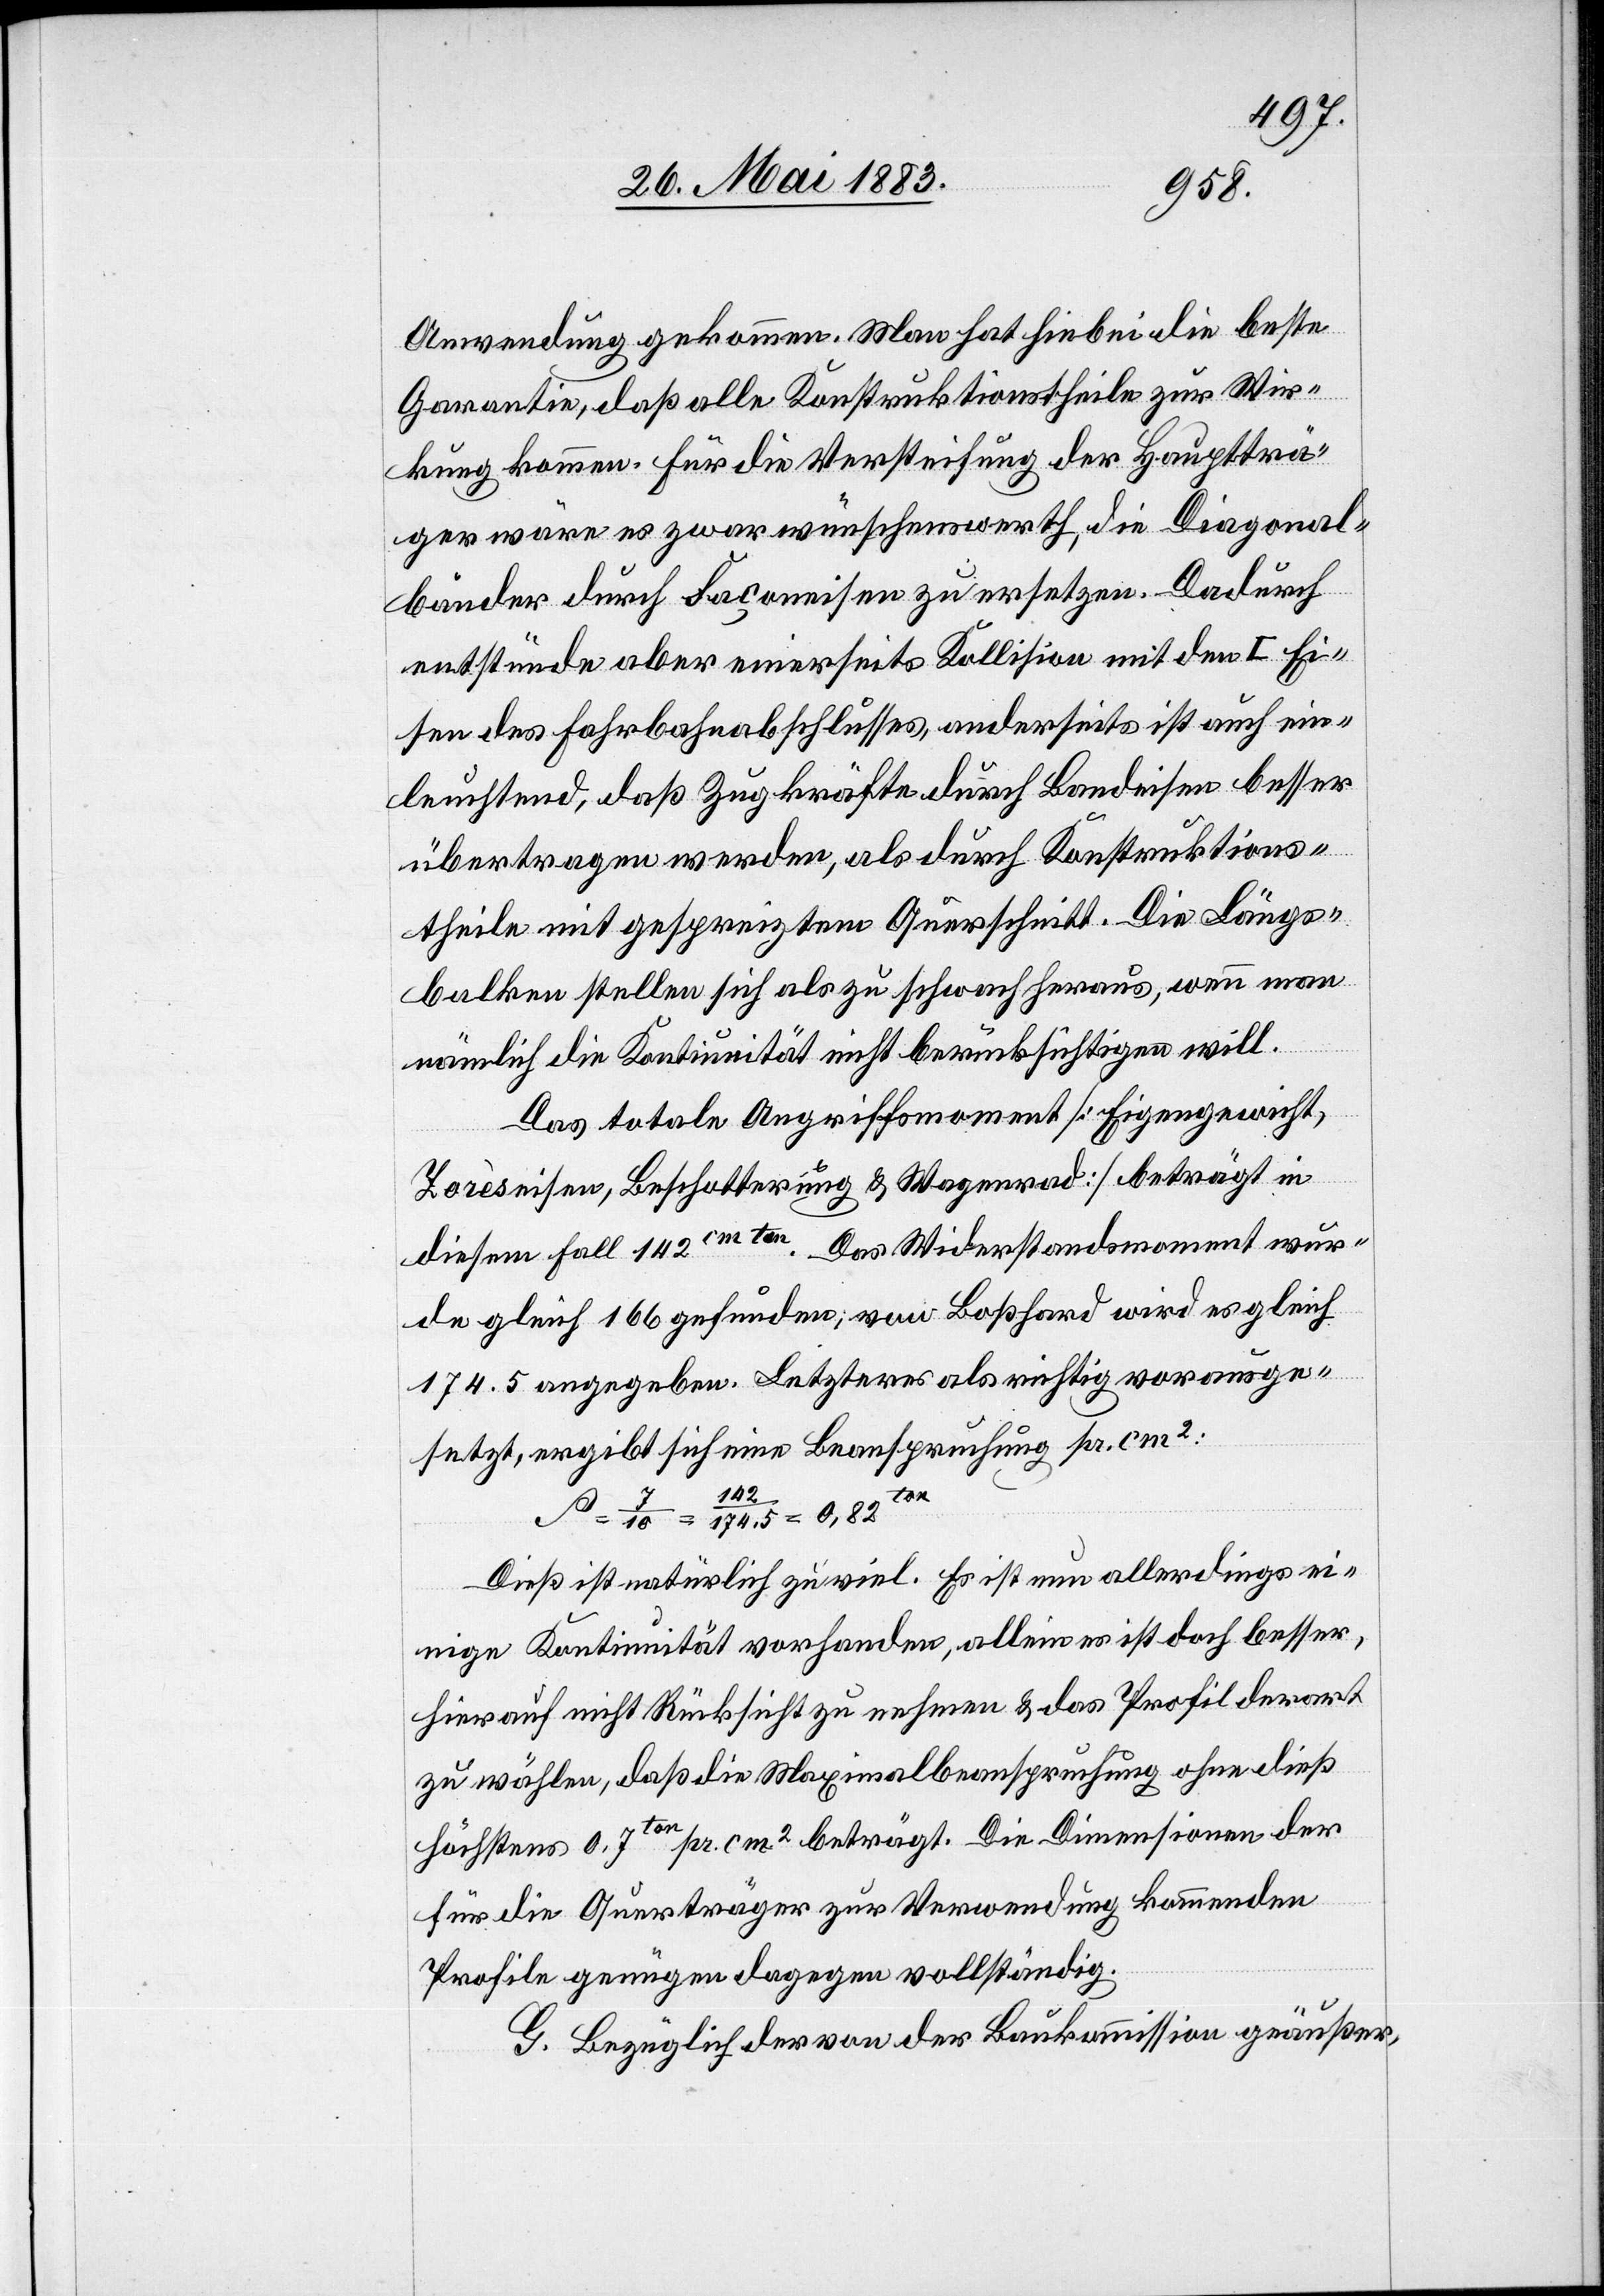
Anwendung gekommen. Man hat hiebei die beste
Garantie, daß alle Konstruktionstheile zur Wir¬
kung kommen. Für die Versteifung der Hauptträ¬
ger wäre es zwar wünschenswerth, die Diagonal¬
bänder durch Façoneisen zu ersetzen. Dadurch
entstünde aber einerseits Kollission mit den I Ei¬
sen des Fahrbahnabschlusses, anderseits ist auch ein¬
leuchtend, daß Zugkräfte durch Bandeisen besser
übertragen werden, als durch Konstruktions¬
theile mit gespreiztem Querschnitt. Die Längs¬
balken stellen sich als zu schwach heraus, wenn man
nämlich die Kontinuität nicht berücksichtigen will.
Das totale Angriffsmoment [Eigengewicht,
Zorèseisen, Beschotterung & Wagenrad] beträgt in
diesem Fall 142cm ton. Das Widerstandsmoment wur¬
de gleich 166 gefunden; von Boßhard wird es gleich
174.5 angegeben. Letzteres als richtig vorausge¬
setzt, ergibt sich eine Beanspruchung pr. cm2:
Dieß ist natürlich zu viel. Es ist nun allerdings ei¬
nige Kontinuität vorhanden, allein es ist doch besser
hierauf nicht Rücksicht zu nehmen & das Profil derart
zu wählen, daß die Maximalbeanspruchung ohne dieß
höchstens 0,7ton pr. cm2 beträgt. Die Dimensionen der
für die Querträger zur Verwendung kommenden
Profile genügen dagegen vollständig.
G. Bezüglich der von der Baukommission geäußer-